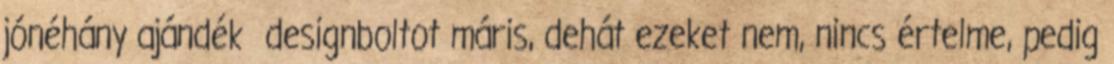
jónéhány ajándék designboltot máris, dehát ezeket nem, nincs értelme, pedig